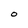
Character: O